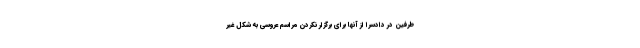
طرفین در دادسرا از آنها برای برگزار نکردن مراسم عروسی به شکل غیر